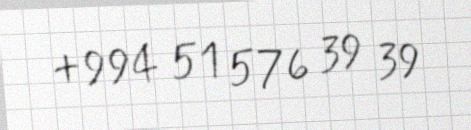
+994 51 576 39 39